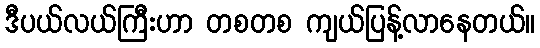
ဒီပယ်လယ်ကြီးဟာ တစတစ ကျယ်ပြန့်လာနေတယ်။